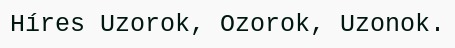
Híres Uzorok, Ozorok, Uzonok.